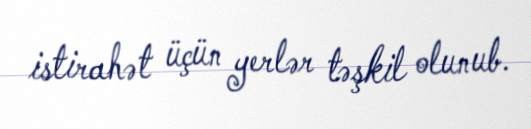
istirahət üçün yerlər təşkil olunub.